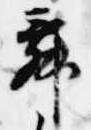
舞